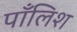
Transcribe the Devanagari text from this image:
पाँलिश